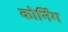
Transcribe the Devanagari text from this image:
कोर्निंग